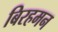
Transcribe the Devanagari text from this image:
बिरहमन